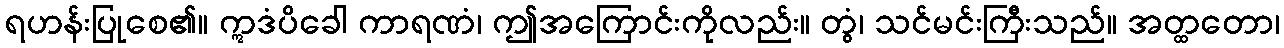
ရဟန်းပြုစေ၏။ ဣဒံပိခေါ ကာရဏံ၊ ဤအကြောင်းကိုလည်း။ တွံ၊ သင်မင်းကြီးသည်။ အတ္ထတော၊